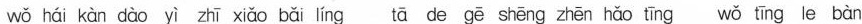
wǒ hái kàn dào yì zhī xiǎo bǎi líng tā de gē shēng znēn hǎo tīng wǒ tīng le bàn